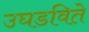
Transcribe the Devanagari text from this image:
उघडविते